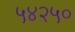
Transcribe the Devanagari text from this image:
५४२५०